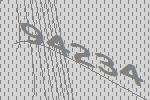
94234